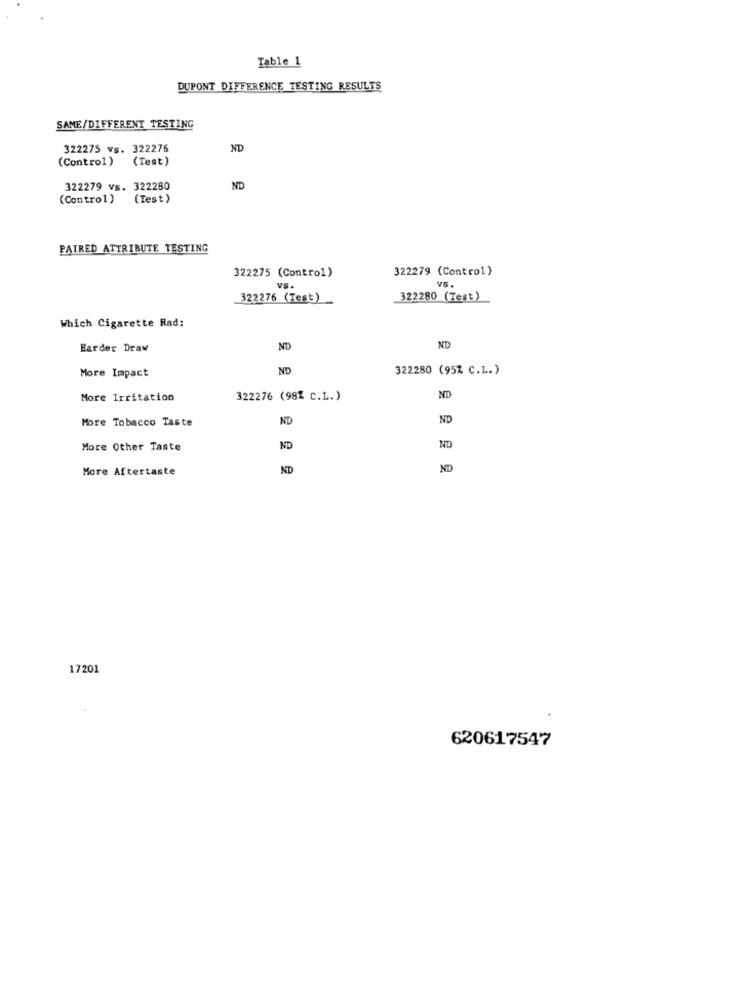
Table 1
DUPONT DIFFERENCE TESTING RESULTS
SAME/DIFFERENT TESTING
322275 vs. 322276
ND
(Control) (Test)
322279 vs. 322280
ND
(Control) (Test)
PAIRED ATTRIBUTE TESTING
322279 (Control)
322275 (Control)
vS.
vs.
322276 (Test)
322280 (Test)
Which Cigarette Rad:
ND
Harder Draw
ND
More Impact
ND
322280 (95% C.L.)
More Irritation
322276 (98% C.L.)
ND
More Tobacco Taste
ND
ND
More Other Taste
ND
ND
More Aftertaste
ND
ND
17201
620617547